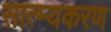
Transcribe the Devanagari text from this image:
सात्म्यकरण